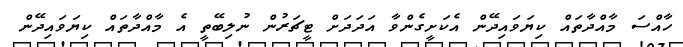
ހާއްސަ މާއްދާތައް ކިޔަވައިދޭން އެކަށީގެންވާ އަދަދަށް ޓީޗަރުން ނުލިބޭތީ އެ މާއްދާތައް ކިޔަވައިދޭން